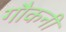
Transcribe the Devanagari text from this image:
गौकनी